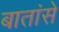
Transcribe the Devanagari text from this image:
बातांसे